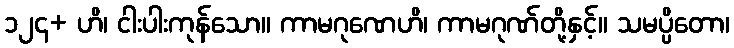
၁၂၄+ ဟိ၊ ငါးပါးကုန်သော။ ကာမဂုဏေဟိ၊ ကာမဂုဏ်တို့နှင့်။ သမပ္ပိတော၊